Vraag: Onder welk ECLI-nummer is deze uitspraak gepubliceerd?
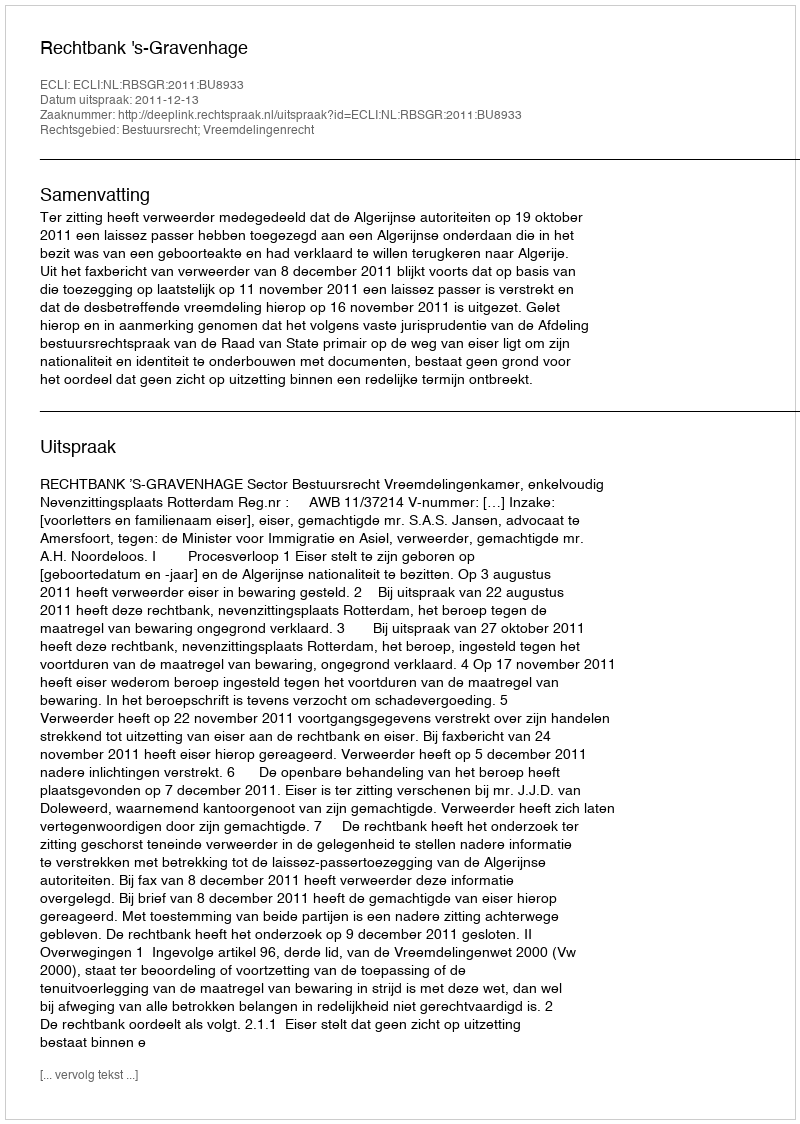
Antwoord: ECLI:NL:RBSGR:2011:BU8933